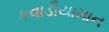
કવાડીયામાન